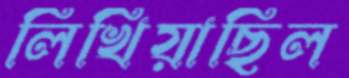
লিখিয়াছিল